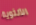
الأنثوية